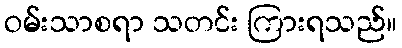
ဝမ်းသာစရာ သတင်း ကြားရသည်။